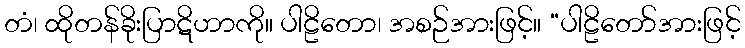
တံ၊ ထိုတန်ခိုးပြာဋိဟာကို။ ပါဠိတော၊ အစဉ်အားဖြင့်။ “ပါဠိတော်အားဖြင့်